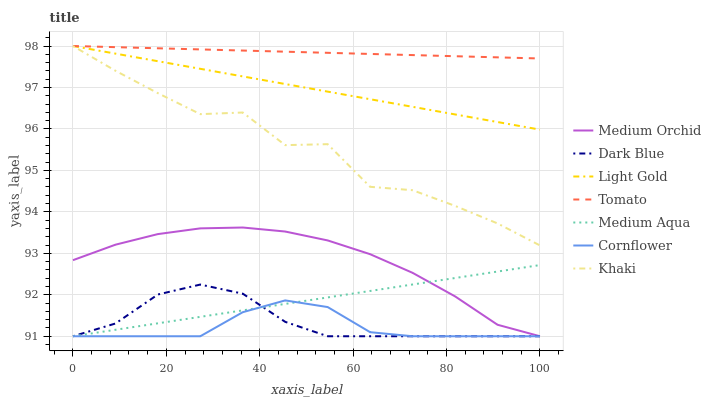
| xaxis_label | Medium Orchid | Dark Blue | Light Gold | Tomato | Medium Aqua | Cornflower | Khaki |
 | --- | --- | --- | --- | --- | --- | --- | --- |
 | 0 | 92.8 | 91 | 98 | 98 | 91 | 91 | 98 |
 | 9.09 | 93.2 | 91.3 | 97.8 | 98 | 91.2 | 91 | 97.4 |
 | 18.2 | 93.5 | 92 | 97.6 | 97.9 | 91.3 | 91 | 96.9 |
 | 27.3 | 93.6 | 92.2 | 97.5 | 97.9 | 91.5 | 91 | 96.4 |
 | 36.4 | 93.6 | 92 | 97.3 | 97.9 | 91.6 | 91.6 | 96.4 |
 | 45.5 | 93.5 | 91.3 | 97.1 | 97.9 | 91.8 | 91.9 | 95.6 |
 | 54.5 | 93.3 | 91 | 96.9 | 97.8 | 91.9 | 91.7 | 95.6 |
 | 63.6 | 93 | 91 | 96.7 | 97.8 | 92.1 | 91.1 | 94.6 |
 | 72.7 | 92.5 | 91 | 96.5 | 97.8 | 92.2 | 91 | 94.5 |
 | 81.8 | 92 | 91 | 96.4 | 97.8 | 92.4 | 91 | 94.1 |
 | 90.9 | 91.3 | 91 | 96.2 | 97.7 | 92.6 | 91 | 93.7 |
 | 100 | 91 | 91 | 96 | 97.7 | 92.7 | 91 | 93.2 |